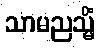
သာမညသ္မိံ